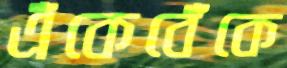
এঁকেবেঁকে